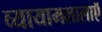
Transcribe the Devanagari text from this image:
व्यायामशालाऍ